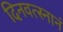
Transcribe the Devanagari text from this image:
दिनवत्स्नानं